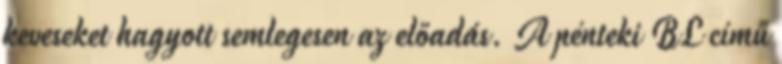
keveseket hagyott semlegesen az előadás. A pénteki BL című